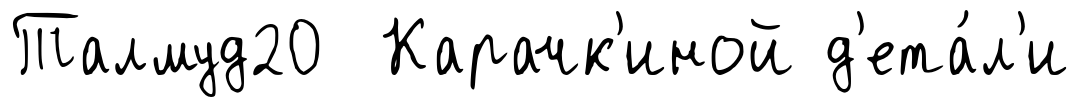
Талмуд20 Карачк'иной д'ета́л'и